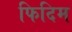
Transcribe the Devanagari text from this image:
फिदिम